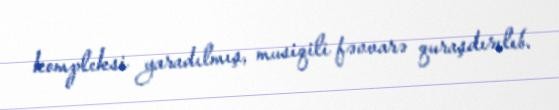
kompleksi yaradılmış, musiqili fəvvarə quraşdırılıb.